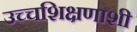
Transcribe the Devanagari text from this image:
उच्चशिक्षणाशी